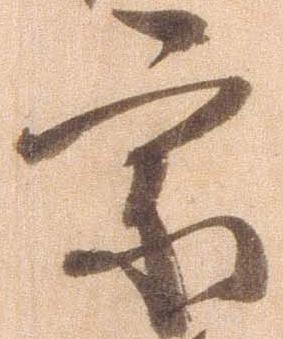
宗